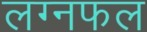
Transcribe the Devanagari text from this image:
लग्नफल